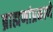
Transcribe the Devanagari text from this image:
ब्राह्मणांप्रमाणे